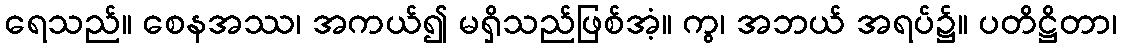
ရေသည်။ စေနအဿ၊ အကယ်၍ မရှိသည်ဖြစ်အံ့။ ကွ၊ အဘယ် အရပ်၌။ ပတိဋ္ဌိတာ၊